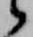
候